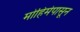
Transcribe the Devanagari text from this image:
मोहिमेपासून